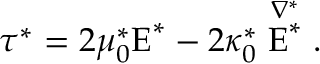
\boldsymbol { \tau } ^ { * } = 2 \mu _ { 0 } ^ { * } \boldsymbol { \mathrm { E } } ^ { * } - 2 \kappa _ { 0 } ^ { * } \stackrel { \nabla ^ { * } } { \boldsymbol { \mathrm { E } } ^ { * } } .